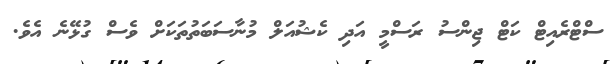
ސްޓްރެއިޓް ކަޓް ޖިންސު ރަސްމީ އަދި ކެޝުއަލް މުނާސަބަތުތަކަށް ވެސް ގުޅޭނެ އެވެ.